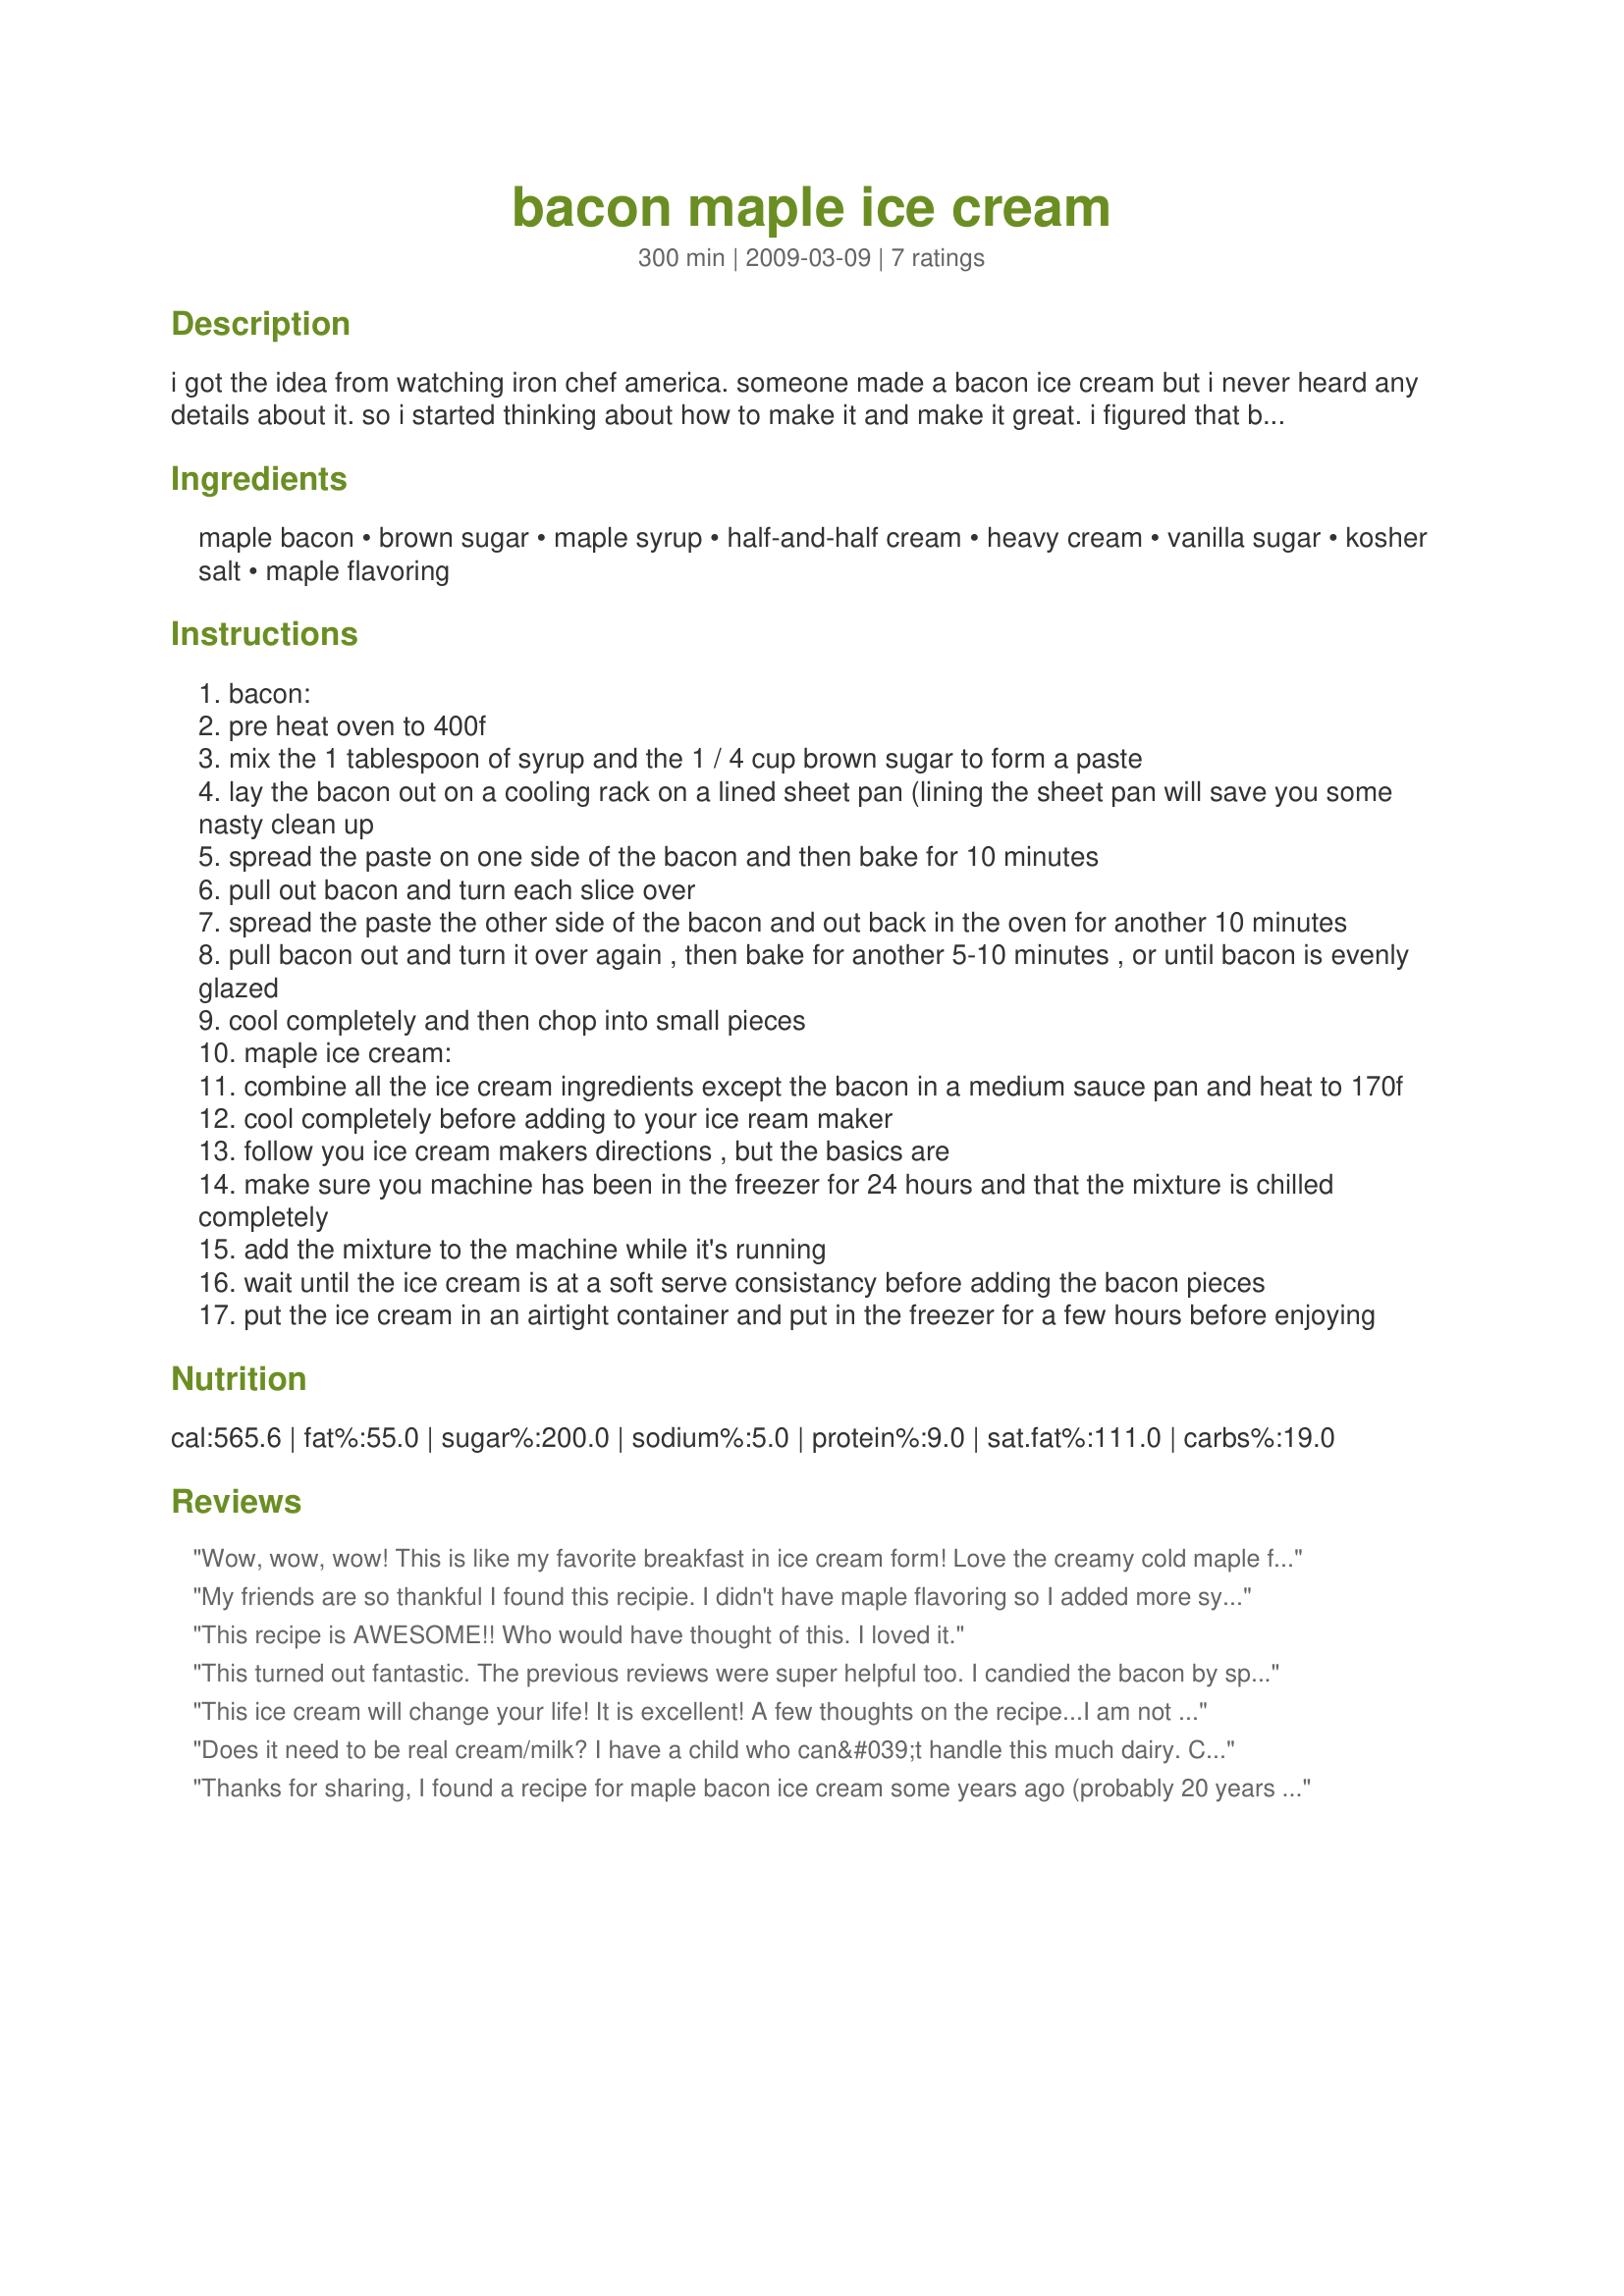
bacon maple ice cream
Preparation time: 300 minutes

i got the idea from watching iron chef america. someone made a bacon ice cream but i never heard any details about it. so i started thinking about how to make it and make it great. i figured that bacon is the candy of the meat world, so why not candy the bacon. now the quality of the maple syrup is gonna effect the flavor of the ice cream. this may sound odd, but i promise you that this will become your new favorite and you'll be demanding that ben & jerry's starts selling this at your corner store.
cooking time includes cooling time, and set up time in the freezer.

Ingredients:
maple bacon, brown sugar, maple syrup, half-and-half cream, heavy cream, vanilla sugar, kosher salt, maple flavoring

Steps:
bacon:
pre heat oven to 400f
mix the 1 tablespoon of syrup and the 1 / 4 cup brown sugar to form a paste
lay the bacon out on a cooling rack on a lined sheet pan (lining the sheet pan will save you some nasty clean up
spread the paste on one side of the bacon and then bake for 10 minutes
pull out bacon and turn each slice over
spread the paste the other side of the bacon and out back in the oven for another 10 minutes
pull bacon out and turn it over again , then bake for another 5-10 minutes , or until bacon is evenly glazed
cool completely and then chop into small pieces
maple ice cream:
combine all the ice cream ingredients except the bacon in a medium sauce pan and heat to 170f
cool completely before adding to your ice ream maker
follow you ice cream makers directions , but the basics are
make sure you machine has been in the freezer for 24 hours and that the mixture is chilled completely
add the mixture to the machine while it's running
wait until the ice cream is at a soft serve consistancy before adding the bacon pieces
put the ice cream in an airtight container and put in the freezer for a few hours before enjoying

Reviews:
Wow, wow, wow! This is like my favorite breakfast in ice cream form! Love the creamy cold maple flavor paired with the chewy, sweet and salty bacon. I doubled the maple flavoring, but otherwise followed the recipe. I agree that it was a little difficult to spread the sugar paste on the bacon and think that sprinkling the sugar and drizzling the syrup over the bacon would work better. My guess as to why the cream mixture is heated is to help dissolve the sugar. To prevent my smoke alarms from going off, I changed the foil underneath each time I turned the bacon over, so the drippings wouldn&#039;t continue to burn. If you are fan of bacon and the sweet and salty combo, this recipe is for you
My friends are so thankful I found this recipie. I didn't have maple flavoring so I added more syrup. Thank you to DeliciouAsItLooks for the tip on changing the foil every time the bacon goes in the oven.
This recipe is AWESOME!! Who would have thought of this. I loved it.
This turned out fantastic. The previous reviews were super helpful too. I candied the bacon by sprinkling brown sugar and drizzling maple syrup. Worked great. And I used 1/2 tsp of maple extract, double what the recipe calls for, and the maple flavor was perfect. I was skeptical about the lack of eggs but it really worked. This recipe is a total winner.
This ice cream will change your life! It is excellent! A few thoughts on the recipe...<br/><br/>I am not sure why the base needs to be brought up to 170 degrees when there aren't any eggs.<br/><br/>The paste was hard to spread on the bacon. Next time I plan to sprinkle the brown sugar, then drizzle with the syrup.<br/><br/>I added extra Maple Extract to the base to up the maple flavor.
Does it need to be real cream/milk? I have a child who can&#039;t handle this much dairy. Could we sub at least part of it with another milk product? Maybe use a little bit of full cream and then the rest an almond milk, etc? Will it still turn to soft serve (albeit less creamy)?
Thanks for sharing, I found a recipe for maple bacon ice cream some years ago (probably 20 years ago) in a magazine, tore out the page then misplaced it. I've never forgotten about it tho. I'm looking forward to making it.
